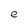
Character: e